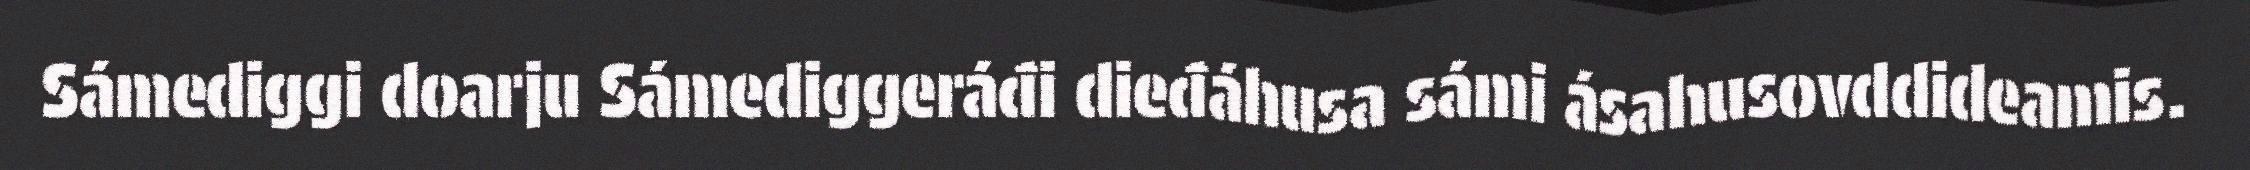
Sámediggi doarju Sámediggeráđi dieđáhusa sámi ásahusovddideamis.